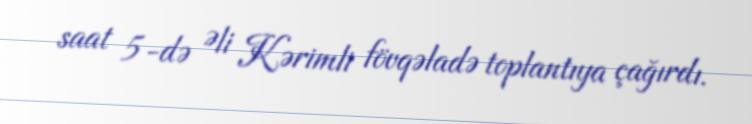
saat 5-də Əli Kərimli fövqəladə toplantıya çağırdı.